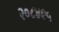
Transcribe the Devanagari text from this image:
२०८४९५